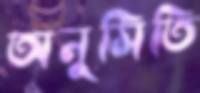
অনুমিতি